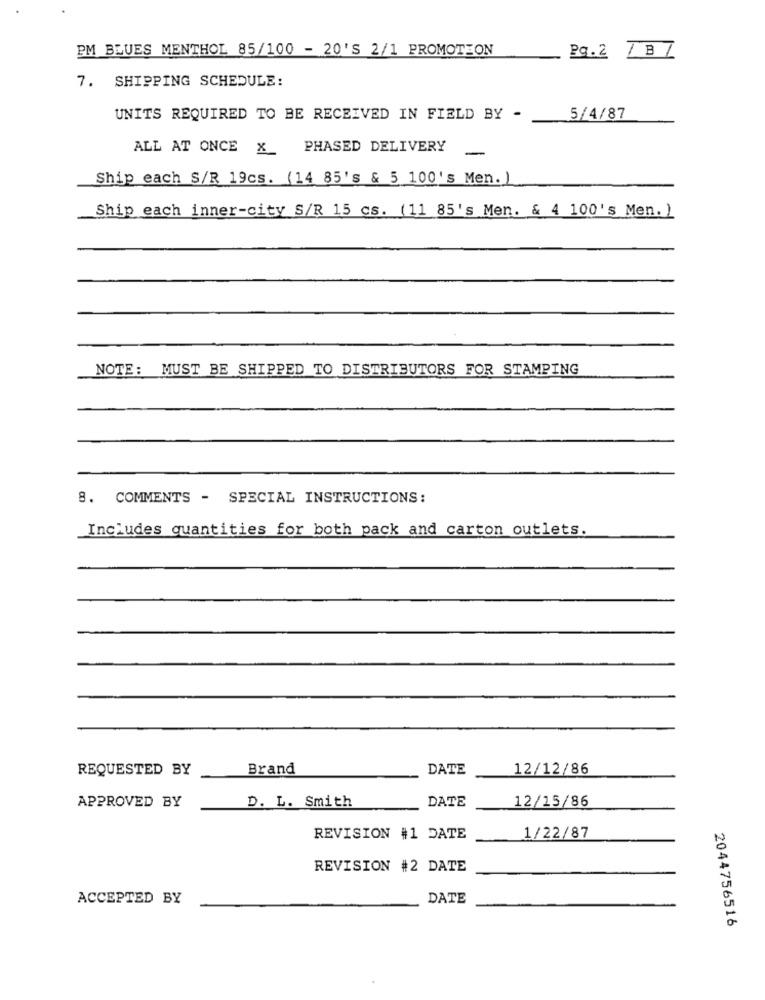
PM BLUES MENTHOL 85/100 - 20'S 2/1 PROMOTION
Pg.2 / BZ
7. SHIPPING SCHEDULE:
UNITS REQUIRED TO BE RECEIVED IN FIELD BY -
5/4/87
ALL AT ONCE X PHASED DELIVERY
-
Ship each S/R 19cs. (14 85's & 5 100's Men. )
Ship each inner-city S/R 15 cs. (11 85's Men. & 4 100's Men. )
NOTE: MUST BE SHIPPED TO DISTRIBUTORS FOR STAMPING
8. COMMENTS - SPECIAL INSTRUCTIONS:
Includes quantities for both pack and carton outlets.
REQUESTED BY
Brand
DATE
12/12/86
DATE
12/15/86
APPROVED BY
D. L. Smith
1/22/87
REVISION #1 DATE
REVISION #2 DATE
ACCEPTED BY
DATE
2044756516